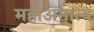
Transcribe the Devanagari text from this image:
महाअमात्य